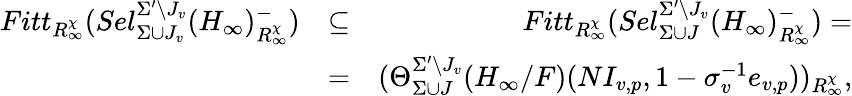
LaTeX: \begin{array}{rlr}{Fitt_{R_{\infty}^{\chi}}(Sel_{\Sigma\cup J_{v}}^{\Sigma^{\prime}\setminus J_{v}}(H_{\infty})_{R_{\infty}^{\chi}}^{-})}&{\subseteq}&{Fitt_{R_{\infty}^{\chi}}(Sel_{\Sigma\cup J}^{\Sigma^{\prime}\setminus J_{v}}(H_{\infty})_{R_{\infty}^{\chi}}^{-})=}\\ &{=}&{(\Theta_{\Sigma\cup J}^{\Sigma^{\prime}\setminus J_{v}}(H_{\infty}/F)(NI_{v,p},1-\sigma_{v}^{-1}e_{v,p}))_{R_{\infty}^{\chi}},}\end{array}